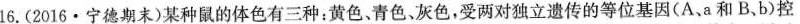
16.(2016·宁德期末)某种鼠的体色有三种：黄色、青色、灰色，受两对独立遗传的等位基因(A、a和B、b)控